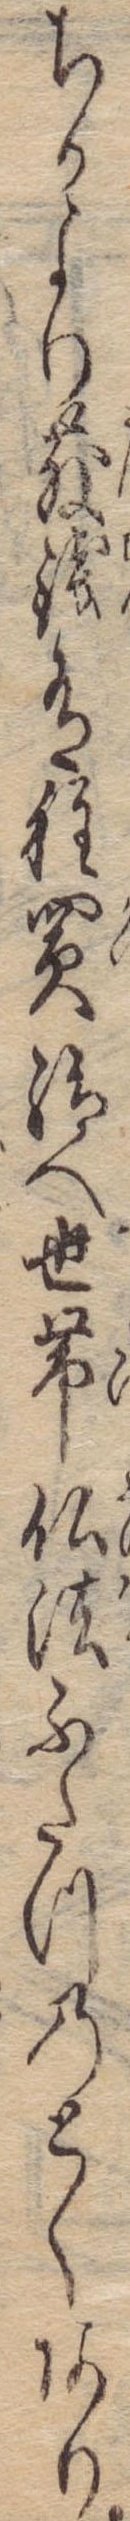
ちかより散銭有程買給へ世帯仏法ふたつのとくあり